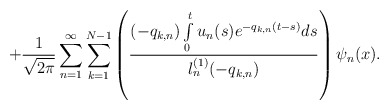
\begin{align*}+\frac{1}{\sqrt{2\pi}}\sum_{n=1}^{\infty}\sum\limits_{k=1}^{N-1}\left(\frac{(-q_{k,n})\int\limits_0^tu_n(s)e^{-q_{k,n}(t-s)}ds}{l^{(1)}_n(-q_{k,n})}\right)\psi_n(x).\end{align*}